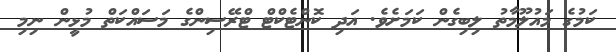
ކަމުގެ މައުލޫމާތު ލިބިގެން ކަމަށެވެ. އަދި ކޮންޓެކްޓް ޓްރޭސިންގެ މަސައްކަތް މުޅީން ނިމި